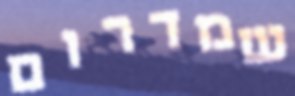
שמדרום